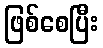
ဖြစ်စေပြီး